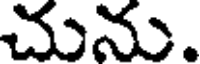
చును.